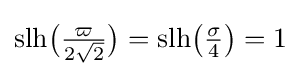
{\operatorname {slh} }{\bigl (}{\tfrac {\varpi }{2{\sqrt {2}}}}{\bigr )}={\operatorname {slh} }{\bigl (}{\tfrac {\sigma }{4}}{\bigr )}=1